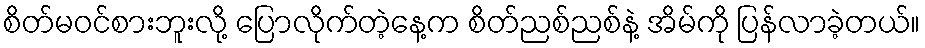
စိတ်မဝင်စားဘူးလို့ ပြောလိုက်တဲ့နေ့က စိတ်ညစ်ညစ်နဲ့ အိမ်ကို ပြန်လာခဲ့တယ်။